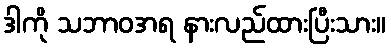
ဒါကို သဘာဝအရ နားလည်ထားပြီးသား။